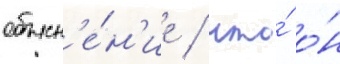
объясн'е́н'ие / что́ о́н